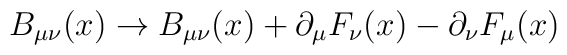
B_{\mu\nu}(x) \rightarrow B_{\mu\nu}(x) + \partial_\mu F_\nu(x) - \partial_\nu F_\mu (x)